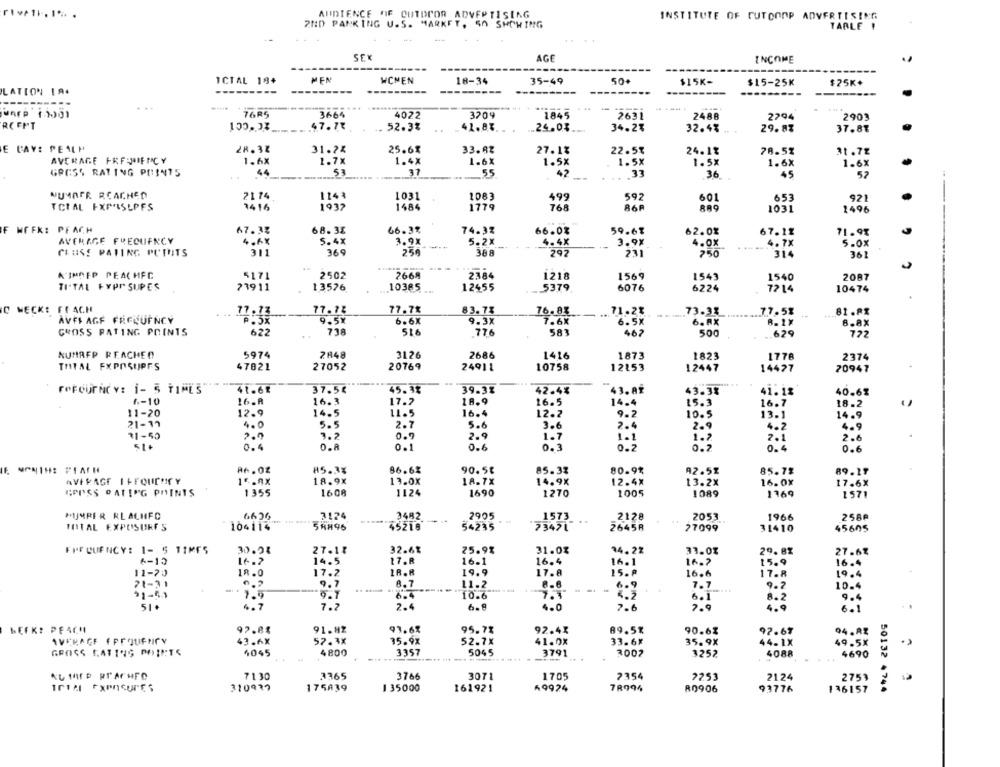
AUDIENCE NF OUTDOOR ADVERTISING
INSTITUTE OF CUTCOOP ADVERTISING
2ND PANKING U.S. MARKET, 50 SHOWING
TABLE !
SEX
AGE
INCOME
ICTAL 18+
MEN
WCMEN
18-34
35-49
50+
$15K-
$15-25K
$25K+
LATION IA.
---------
---------
JAPP 13001
76R5
3664
4022
3209
1845
2631
2488
2294
2903
RCFFT
47.71
52.3%
41.83.
24.03
34.2%
32.4%
29.8%
37.87
E CAY: PENLP
28.32
31.24
25.6%
33.82
27.1%
22.5%
24.1%
78.5%
31.7%
AVERAGE FREIJNIEMCY
1.6X
1.7x
1.4X
1.6X
1.5X
1.6X
1.5x
1.5X
1.6X
GROSS RATING POINTS
44
53
37
55
42
.. . 33
36
45
52
NUMMER REACHED
2174
1143
1031
1083
499
592
601
653
921
TOTAL EXPOSLPFS
1416
1932
1484
1779
86P
889
1031
1496
F WEEK: PFACH
67.38
68.35
66.3%
74.32
66.0%
59.61
62.0%
67.11
71.9%
AVERAGE FREQUENCY
4.6X
5.4X
3.9x
5.2X
4.4X
3.9%
4.0X
4. 7X
5.0%
CRUISE PATING PUTUTS
311
369
259
388
292
750
314
361
KIMOFP PEACHFC
5171
2502
7668
2384
1569
1543
1540
2087
1218
TI.TAL FYPr SUPES
73911
13576
10385
12455
5379.
6076
6224
7214
10474
IC WECKE FFACH
77.13
17. 12
77.7%
83.7%
76.88
71.21
73.33
77.5%
81 .8X
AVEL AGF FREQUENCY
P.5X
9.5*
6.6X
9.3X
7.6X
6. WX
8.8X
738
516
GROSS RATING POINTS
622
776
583
462
500
629
772
5974
7848
3126
KUMREP REACHED
2686
1416
1873
1823
1776
2374
TOTAL FXPOSUPFS
47821
27052
20769
24911
10758
12153
14427
70947
FREQUENCY: 1- 5 TIMES
41.61
37.5€
45.37
39-3%
42.4%
43. AT
43.3%
40.61
16-A
16.3
17.2
10.9
6-10
16.5
14.4
15.3
16.7
11-20
12.9
14.5
11.5
16.4
12.2
9.2
10. 5
14.9
5.5
13.1
21-19
4.0
2.7
5.6
3.6
2.4
2.9
4. 2
4.9
31-50
2.9
3.2
0.9
2.9
1.7
1.1
2.1
2.6
0.4
0.8
0.1
0.6
0.3
0-2
0.6
85.3%
86.61
80.91
90.5€
85.33
92.51
85.7%
89.17
AVERAGE I +FOUCHCY
18.9X
13.0X
18.7X
14.9X
12.4X
13.2%
17.6%
1355
1600
1124
1005
COOSS BATING POINTS
1690
1270
1089
1769
1571
3482
2905
1573
MIMPER RLACHFC
3124
2128
.2053
1966
258₽
TOTAL EXPOSURES
104114
45218
54235
73471
26458
77099
31410
45605
FREQUENCY: 1- 5 TIM55
27.11
32.61
25.9%
31.0%
34.22
31.01
29.8%
27.62
6-12
14.5
17.8
16.1
16.4
16.1
15.9
16.4
11-20
18.0
17.2
18.8
19.9
17.8
15.₽
16.6
17.8
19.4
71-31
9.7
8.7
11-2
6.9
7.7
...
9.2
10.4
91-53
-. 7.9
.5.7
10.6
5.7
6.1
8.2
9.4
51.
4.7
7.2
2.4
6.9
4.0
7.6
7.9
4.9
6.1
WEEK? PEACH
97.85
91.H2
97.67
95.7%
92.41
89.5%
90.63
94.AZ
92.67
AVERAGE EPROUENCY
43.6X
57.3x
35.9x
52.7X
41.0X
33.6X
35.9X
44-1X
49.5X
GROSS LATINS POINTS
4045
4800
3357
5045
3791
3007
3252
4088
4690
7130
3365
3766
3071
1705
2354
2253
2124
2753
ICIA EXPOSURES
310937
175839
1 35000
161921
69924
78994
R0906
93776
136157
50132 4744